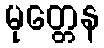
မုတ္တေန